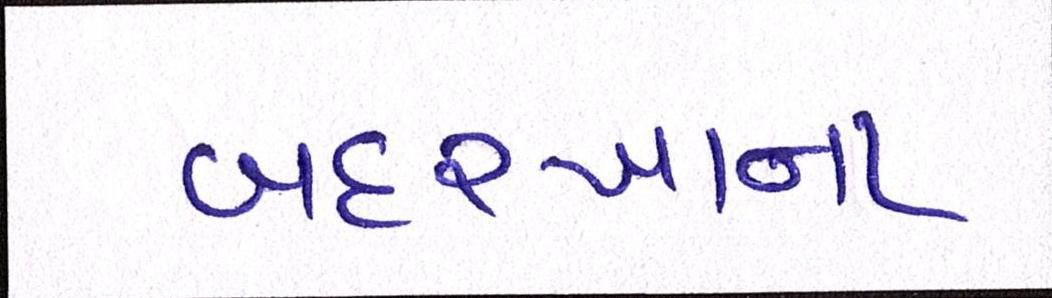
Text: બદરખાના